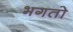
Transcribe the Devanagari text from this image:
भगतो